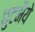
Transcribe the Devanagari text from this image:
छुटभैये